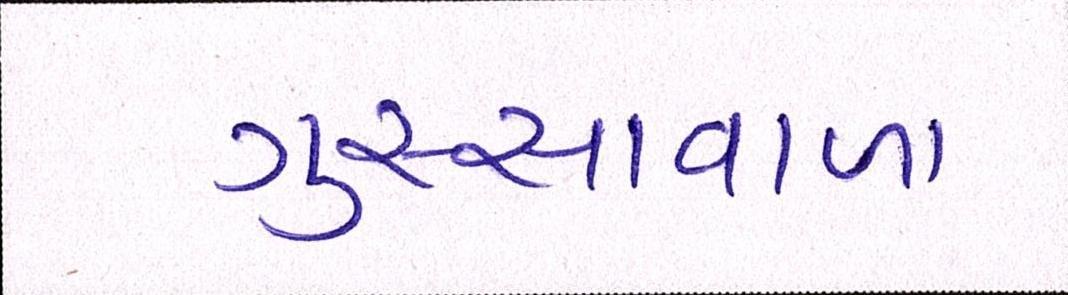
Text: ગુસ્સાવાળા